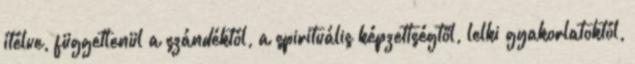
ítélve, függetlenül a szándéktól, a spirituális képzettségtől, lelki gyakorlatoktól,